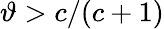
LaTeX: \vartheta>c/(c+1)